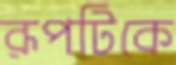
রূপটিকে